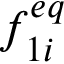
f _ { 1 i } ^ { e q }